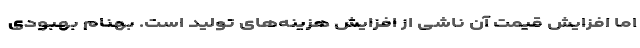
اما افزایش قیمت آن ناشی از افزایش هزینه‌های تولید است. بهنام بهبودی